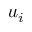
u _ { i }